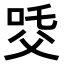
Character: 𤕔